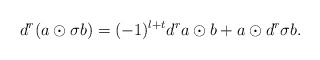
\begin{align*}d^r(a\odot \sigma b)=(-1)^{l+t} d^r a \odot b+a\odot d^r \sigma b.\end{align*}